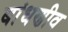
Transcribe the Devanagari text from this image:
बांधणीव